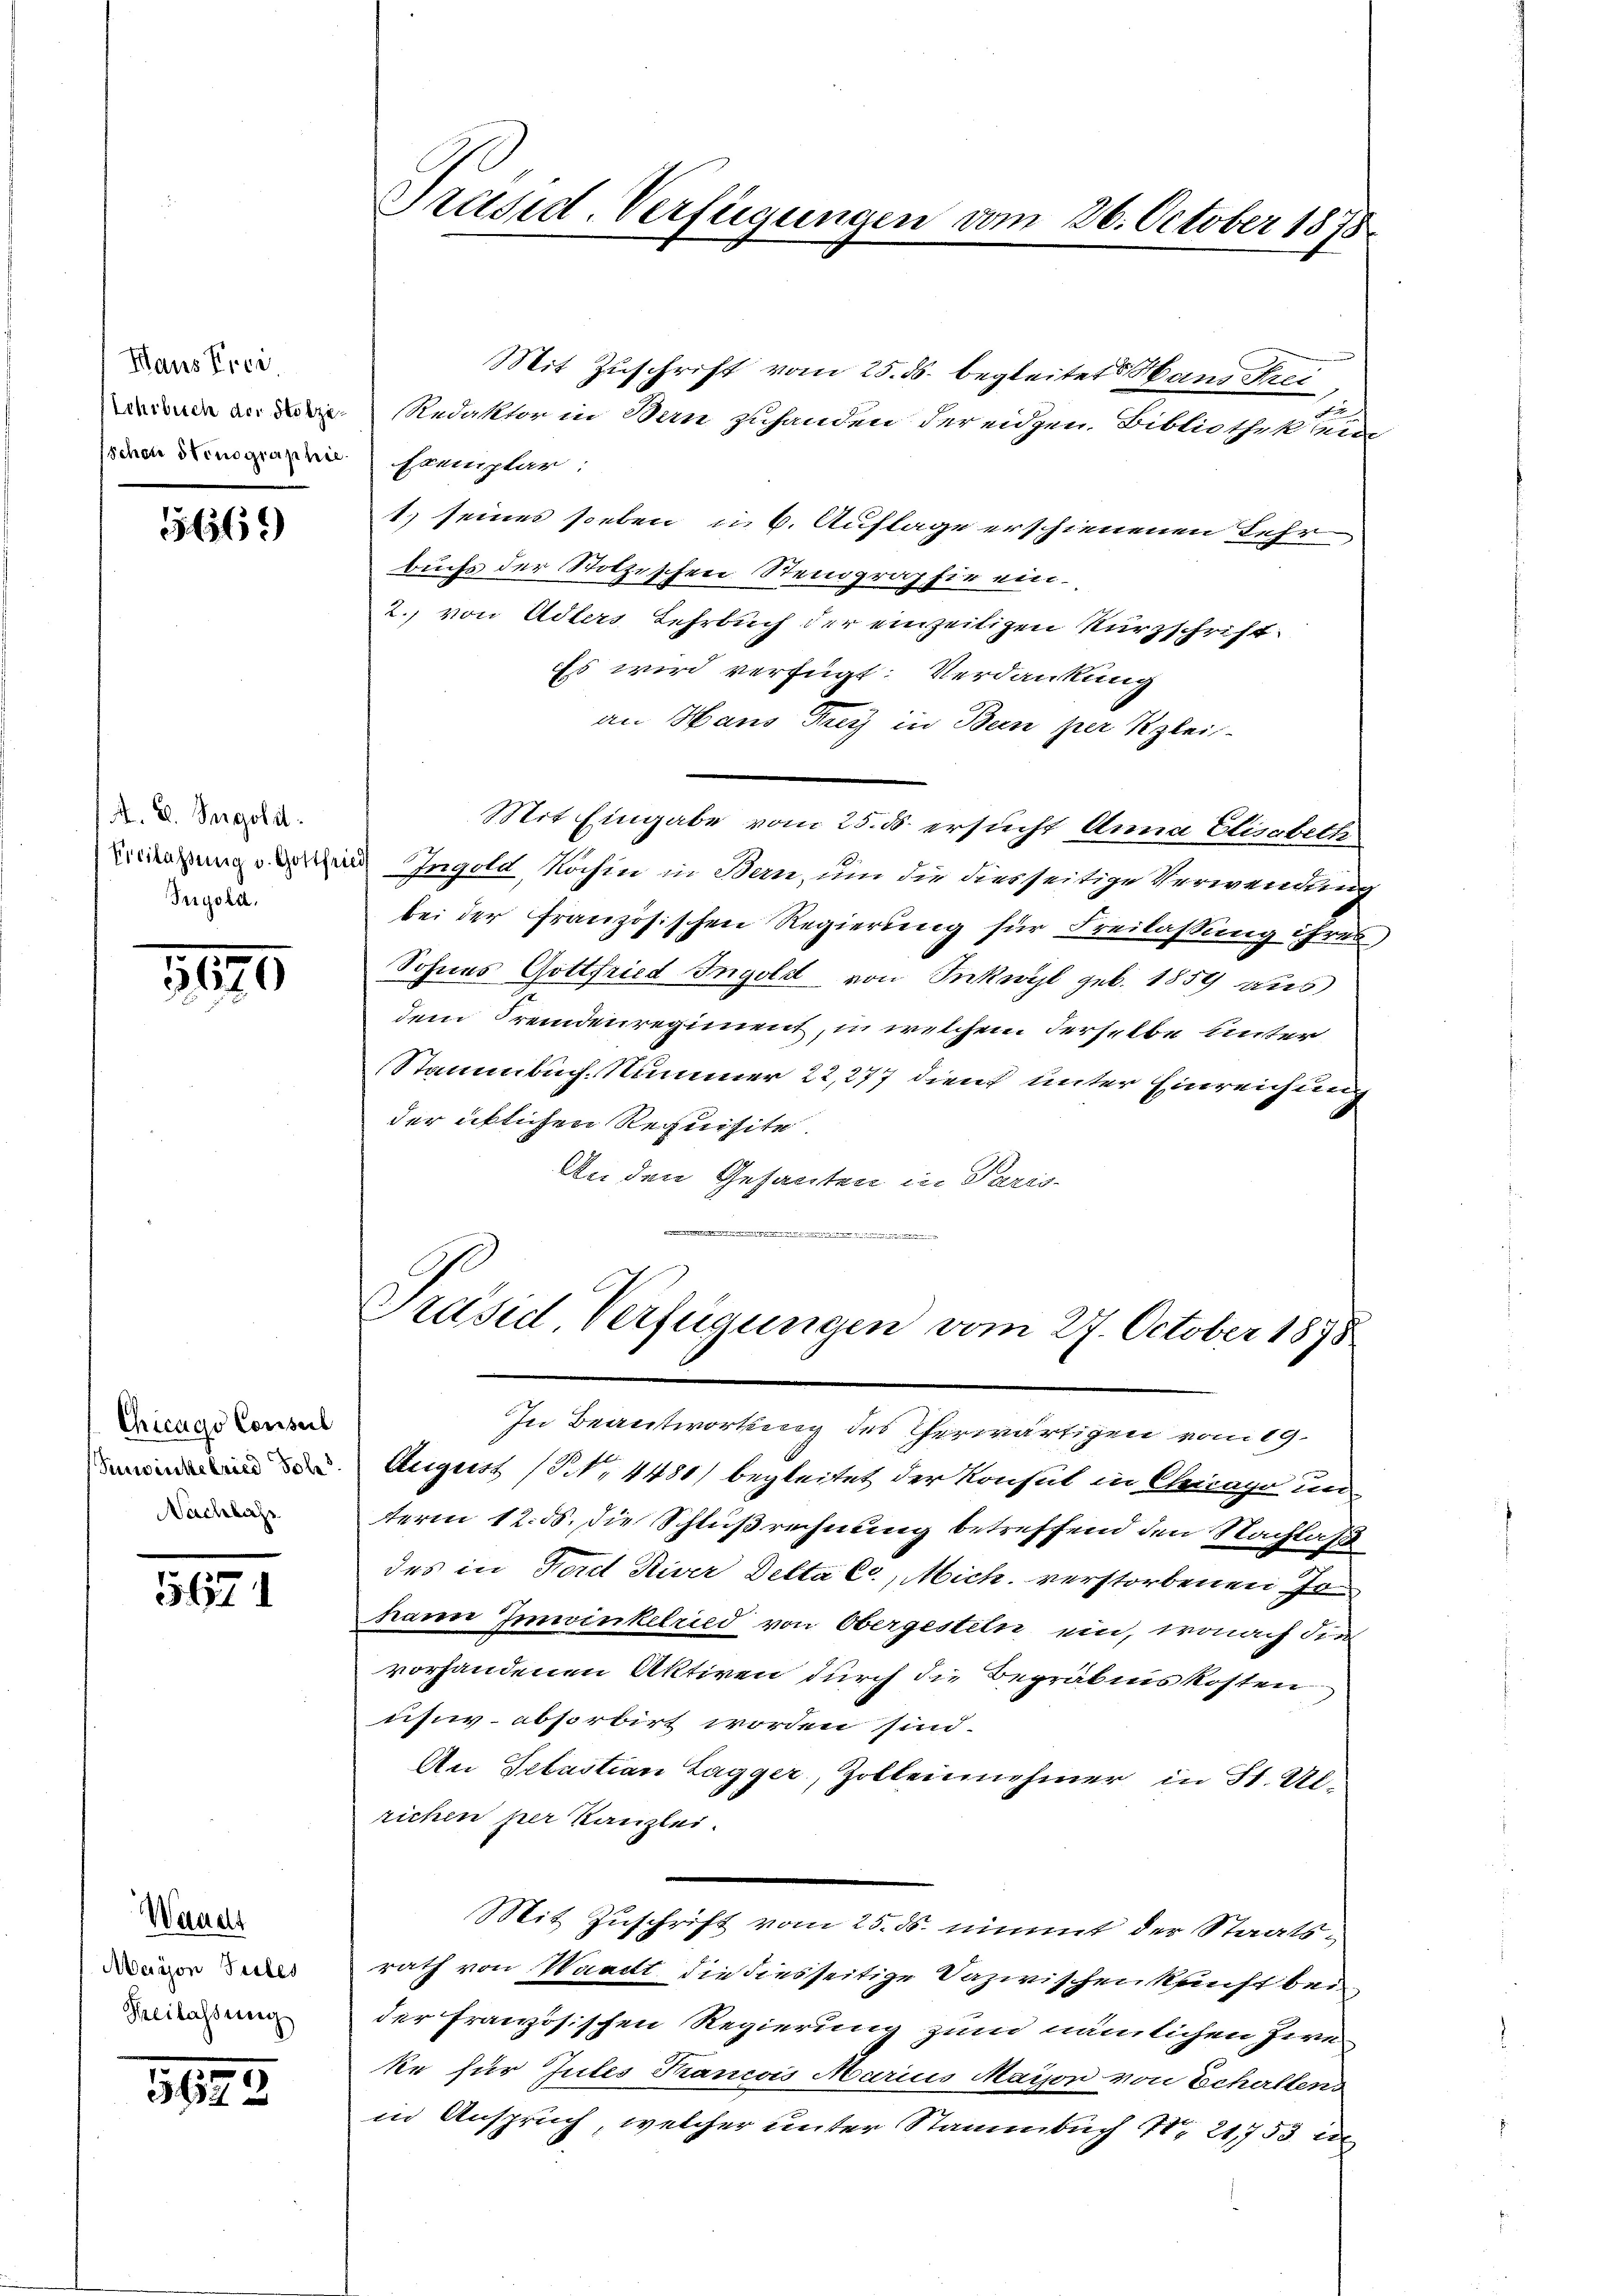
Haus Erei
Sehrbuch der Stolzeschon Stenographie

51369

A. E. Segolit
Freilassung v. Gottfrie
Trigola.

5670

Chicago Conseil
Senwinkelried Joh.
Nachlass

5671

Waucht
Mayon Tules
Heilassung

5623

Präsid-Verfügungen vom 26. October 1878.

Mit Zuschrift vom 25. ds. begleitet Hand Frei
c
Redaktor in Bern zuhanden der eidgen. Bibliothek ein
Exemplar:
1. seines soeben u. 6. Auflage erschienenen Lehr
buchs der Stolzischen Stenographie ein¬
2. von Adlers Lehrbuch der einzeitigen Kurzschrift¬
Es wird verfügt: Verdankung
an Hans Frey in Bern per Klei¬
Mit Eingabe vom 25. ds. ersucht Anna Elisabeth
Ingold Kochin in Bern, um die diesseitige Verwendung
bei der französischen Regierung für Freilassung ihres
Sohnes Gottfried Ingold von Inkwyl geb. 1859 aus
dem Fremdenregiment, in welchen derselbe unter
Stammbuch. Nummer 22,277 dient unter Einreichung
der üblichen Requisite
An den Gesanten in Paris-

Präsid. Verfügungen vom 27. October 1878

In Beantwortung des herwärtigen vom 19.
August (S. 4481) begleitet der Konsul in Chicago un
term 12. d. die Schlußrechnung betreffend den Nachlaß
des in Ford Niver Detta Co, Mich. verstorbenen Jokann Imwinkelried von Obergesteln ein, wonach die
vorhandenen Aktiven durch die Begräbenskosten
uhwv. absorbirt worden sind.
An Sebastian Lagger, Zolleinnnehmer in St. Ulrichen per Kanzlei.
Mit Zuschrift vom 25. ds. nimmt der Staatsrath von Waadt die diesseitige Dazwischenkunft bei
der französischen Regierung zum nämlichen Zweke für Gutes Trancois Marius Mayon von Echaltens
in Anspruch, welcher unter Stammbach 1. 21753